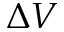
\Delta V